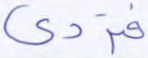
فتردى